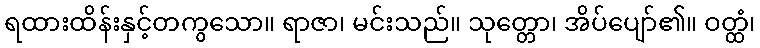
ရထားထိန်းနှင့်တကွသော။ ရာဇာ၊ မင်းသည်။ သုတ္တော၊ အိပ်ပျော်၏။ ဝတ္ထံ၊